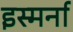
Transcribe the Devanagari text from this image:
इस्मर्ना